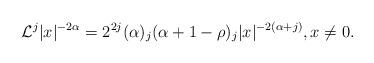
LaTeX: \begin{align*} \mathcal L^j |x|^{-2\alpha}=2^{2j}(\alpha)_j(\alpha+1-\rho)_j|x|^{-2(\alpha+j)}, x\ne 0.\end{align*}